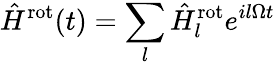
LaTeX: \hat{H}^{\mathrm{rot}}(t)=\sum_{l}\hat{H}_{l}^{\mathrm{rot}}e^{il\Omega t}